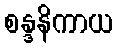
စန္ဒနိကာယ